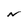
Character: N